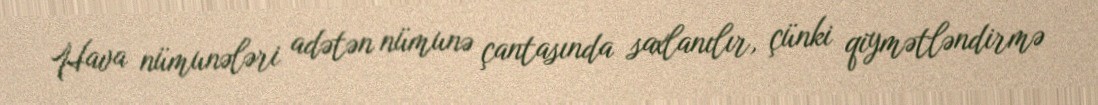
Hava nümunələri adətən nümunə çantasında saxlanılır, çünki qiymətləndirmə